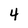
Character: 4